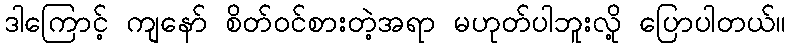
ဒါကြောင့် ကျနော် စိတ်ဝင်စားတဲ့အရာ မဟုတ်ပါဘူးလို့ ပြောပါတယ်။